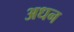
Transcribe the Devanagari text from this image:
अधन